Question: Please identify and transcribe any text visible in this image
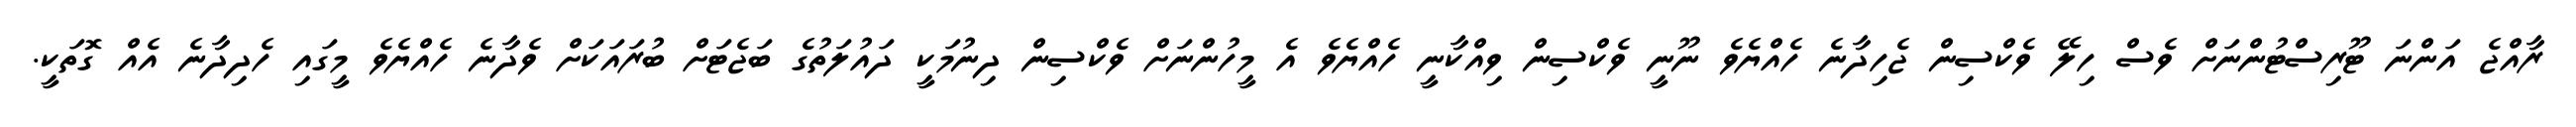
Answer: ރާއްޖެ އަންނަ ޓޫރިސްޓުންނަށް ވެސް ހިލޭ ވެކްސިން ޖެހިދާނެ ހެއްޔެވެ ނޫނީ ވެކްސިން ވިއްކާނީ ހެއްޔެވެ އެ މީހުންނަށް ވެކްސިން ދިނުމަކީ ދައުލަތުގެ ބަޖެޓަށް ބުރައަކަށް ވެދާނެ ހެއްޔެވެ މީގައި ހެދިދާނެ އެއް ގޮތަކީ.